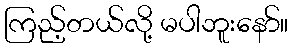
ကြည့်တယ်လို့ မပါဘူးနော်။